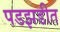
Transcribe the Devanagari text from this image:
पडझडीत